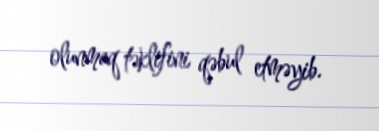
olunmaq təklifini qəbul etməyib.